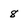
Character: 8